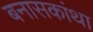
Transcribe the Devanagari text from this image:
बनासकांथा